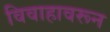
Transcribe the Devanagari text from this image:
विवाहावरून